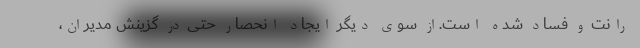
رانت و فساد شده است.از سوی دیگر ایجاد انحصار حتی در گزینش مدیران،